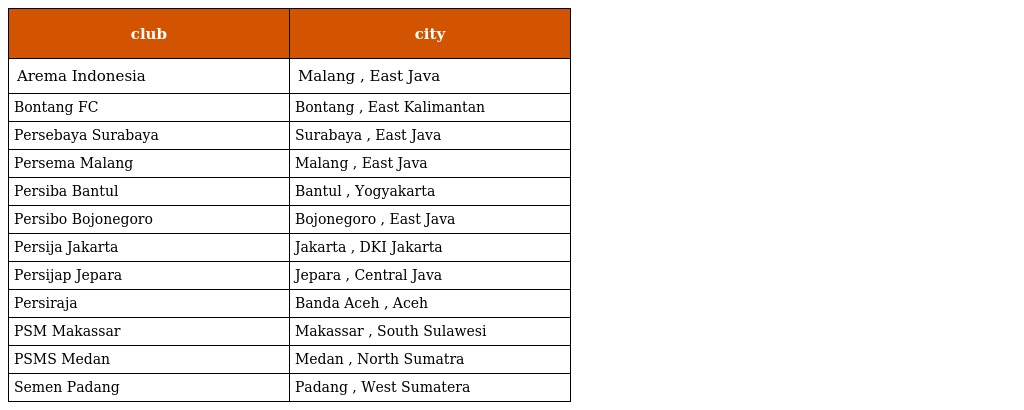
| club | city |
 | --- | --- |
 | Arema Indonesia | Malang , East Java |
 | Bontang FC | Bontang , East Kalimantan |
 | Persebaya Surabaya | Surabaya , East Java |
 | Persema Malang | Malang , East Java |
 | Persiba Bantul | Bantul , Yogyakarta |
 | Persibo Bojonegoro | Bojonegoro , East Java |
 | Persija Jakarta | Jakarta , DKI Jakarta |
 | Persijap Jepara | Jepara , Central Java |
 | Persiraja | Banda Aceh , Aceh |
 | PSM Makassar | Makassar , South Sulawesi |
 | PSMS Medan | Medan , North Sumatra |
 | Semen Padang | Padang , West Sumatera |